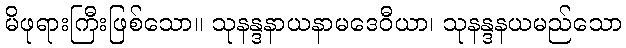
မိဖုရားကြီးဖြစ်သော။ သုနန္ဒနာယနာမဒေဝီယာ၊ သုနန္ဒနယမည်သော